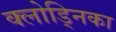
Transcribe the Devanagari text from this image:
क्लोड्निका